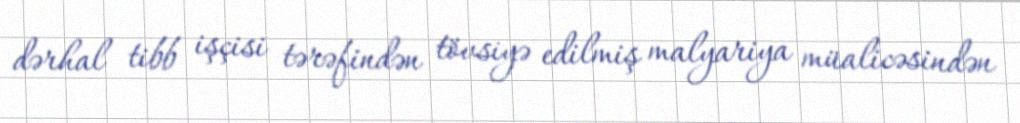
dərhal tibb işçisi tərəfindən tövsiyə edilmiş malyariya müalicəsindən